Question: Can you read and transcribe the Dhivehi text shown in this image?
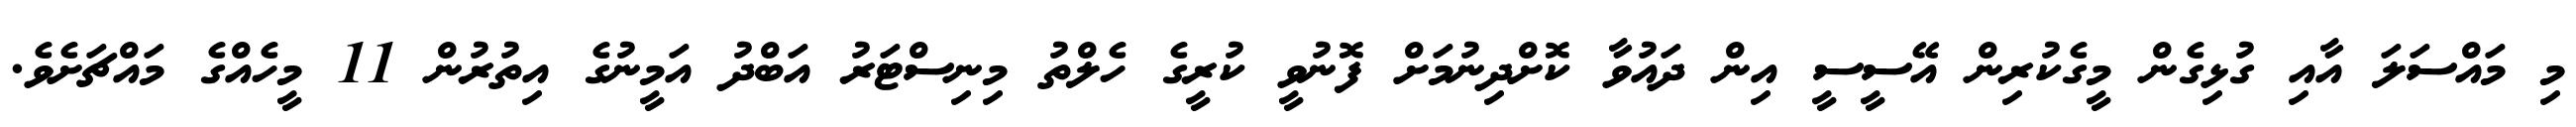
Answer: މި މައްސަލަ އާއި ގުޅިގެން މީގެކުރިން އޭސީސީ އިން ދައުވާ ކޮށްދިނުމަށް ފޮނުވީ ކުރީގެ ހެލްތު މިނިސްޓަރު އަބްދު އަމީނުގެ އިތުރުން 11 މީހެއްގެ މައްޗަށެވެ.